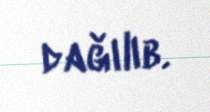
dağılıb.